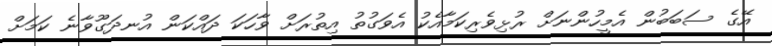
އޭގެ ސަބަބުން އެމީހުންނަށް ރުޅިވެރިކަމާއެކު އެވަގުތު އިތުރަށް ވާހަކަ ދައްކަން އުނދަގޫވާނެ ކަމަށް